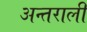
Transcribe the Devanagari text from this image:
अन्तराली